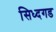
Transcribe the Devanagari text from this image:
सिध्दगड